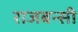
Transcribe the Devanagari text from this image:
राजबन्सी